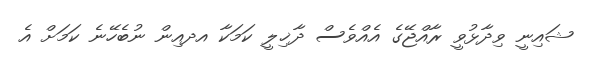
ޝައިނީ ވިދާޅުވީ ރާއްޖޭގެ އެއްވެސް ދާޚިލީ ކަމަކާ އދއިން ނުބެހޭނެ ކަމަށް އެ